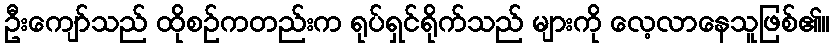
ဦးကျော်သည် ထိုစဉ်ကတည်းက ရုပ်ရှင်ရိုက်သည် များကို လေ့လာနေသူဖြစ်၏။